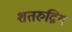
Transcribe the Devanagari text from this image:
शतरुद्रिय